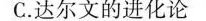
C.达尔文的进化论